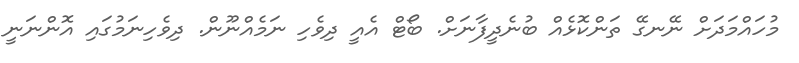
މުހައްމަދަށް ނޭނގޭ ތަންކޮޅެއް ބުނެދީފާނަށް. ބޯޓް އެއީ ދިވެހި ނަމެއްނޫން. ދިވެހިނަމުގައި އޮންނަނީ